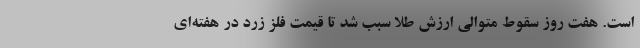
است. هفت روز سقوط متوالی ارزش طلا سبب شد تا قیمت فلز زرد در هفته‌ای